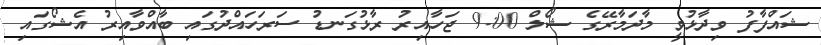
ޝައްފާފު ވިދާޅުވީ މާދަމާރޭގެ ޝޯލް 9:00 ޖަހާއިރު ރާޅުގަނޑު ސަރަހައްދުގައި ބާއްވާއިރު އެޝޯގައި